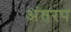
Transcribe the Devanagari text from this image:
अंतरप